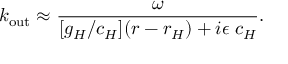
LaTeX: k _ { \mathrm { o u t } } \approx { \frac { \omega } { [ g _ { H } / c _ { H } ] ( r - r _ { H } ) + i \epsilon \; c _ { H } } } .